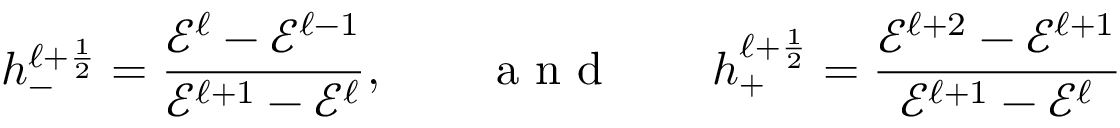
h _ { - } ^ { \ell + \frac { 1 } { 2 } } = \frac { \mathcal { E } ^ { \ell } - \mathcal { E } ^ { \ell - 1 } } { \mathcal { E } ^ { \ell + 1 } - \mathcal { E } ^ { \ell } } , \qquad \textnormal { a n d } \qquad h _ { + } ^ { \ell + \frac { 1 } { 2 } } = \frac { \mathcal { E } ^ { \ell + 2 } - \mathcal { E } ^ { \ell + 1 } } { \mathcal { E } ^ { \ell + 1 } - \mathcal { E } ^ { \ell } }